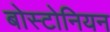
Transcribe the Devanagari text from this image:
बोस्टोनियन